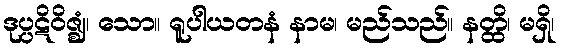
ဒုပ္ပဋိဝိဇ္ဈံ၊ သော။ ရူပါယတနံ နာမ၊ မည်သည်။ နတ္ထိ၊ မရှိ၊